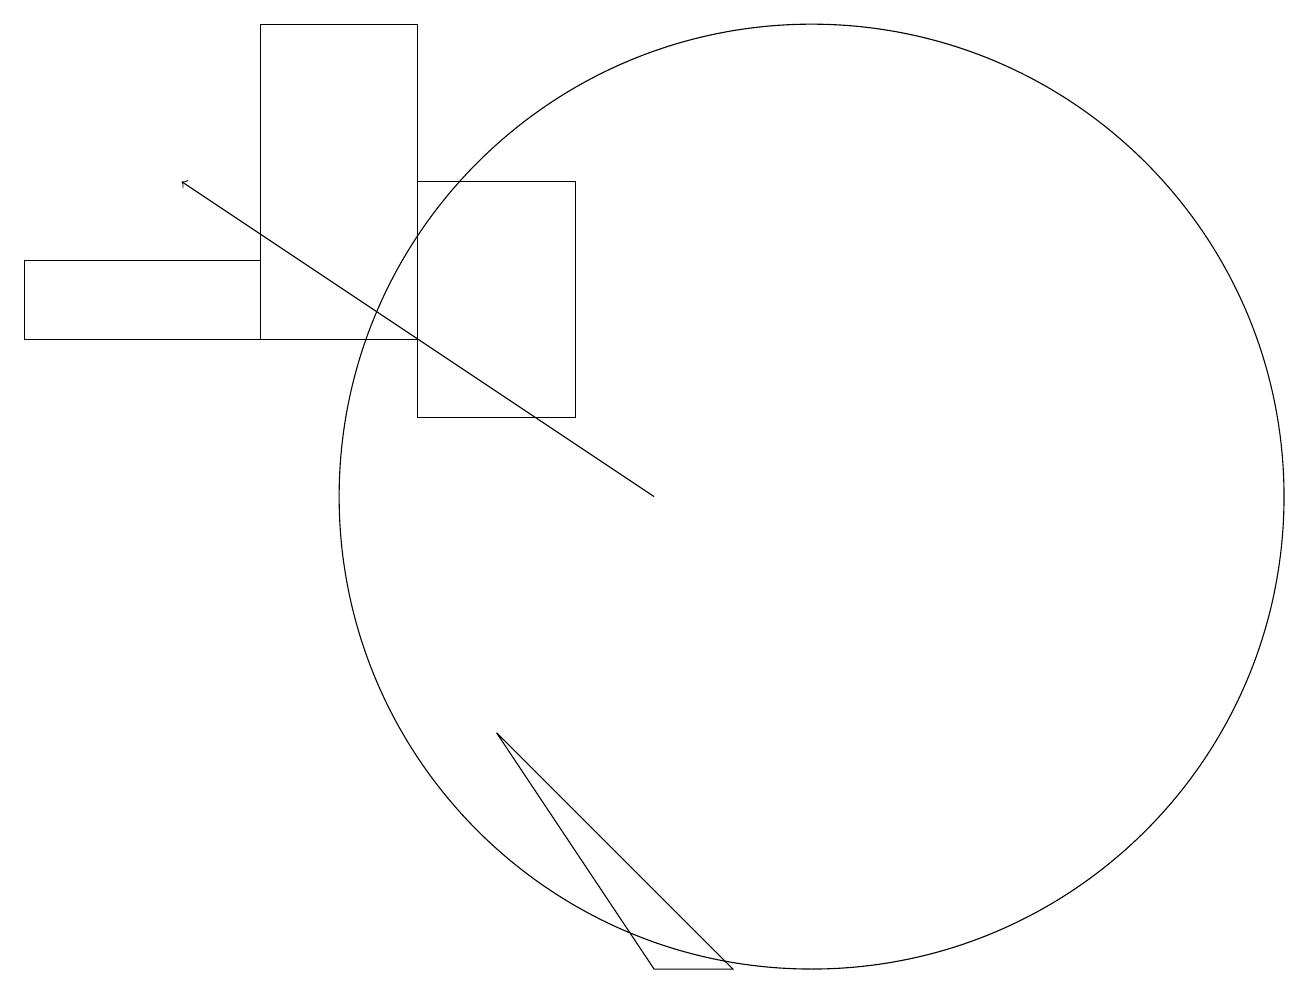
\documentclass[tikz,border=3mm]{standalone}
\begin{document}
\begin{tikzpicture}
\draw (5,14) rectangle (7,11);
\draw (9,4) -- (8,4) -- (6,7) -- cycle;
\draw (10,10) circle (6);
\draw[->] (8,10) -- (2,14);
\draw (3,12) rectangle (5,16);
\draw (0,13) rectangle (3,12);
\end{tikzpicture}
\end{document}